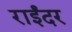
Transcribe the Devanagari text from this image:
राईंदर